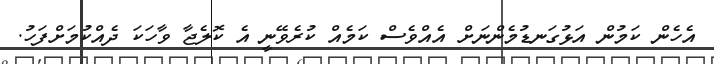
އެހެން ކަމުން އަޅުގަނޑުމެންނަށް އެއްވެސް ކަމެއް ކުރެވޭނީ އެ ކޮލެޖާ ވާހަކަ ދެއްކުމަށްފަހު.